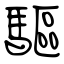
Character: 驅